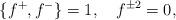
LaTeX: \begin{align*}\{f^{+},f^{-}\}=1,\quad f^{\pm 2}=0,\end{align*}